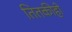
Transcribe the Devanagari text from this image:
तितकीही